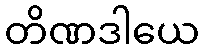
တိဏဒါယေ